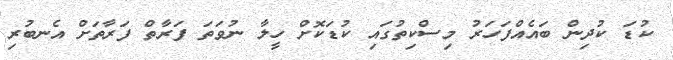
ކުޑަ ކުދިން ބައެއްފަހަރު މިސްކިތުގައި ކުޑަކޮށް ހީލާ ނުވަތަ ފަރާތް ފަރާތަށް އެނބުރި